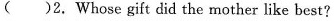
( )2.Whose gift did the mother like best?